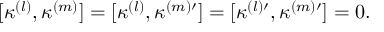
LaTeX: [ \kappa ^ { ( l ) } , \kappa ^ { ( m ) } ] = [ \kappa ^ { ( l ) } , \kappa ^ { ( m ) \prime } ] = [ \kappa ^ { ( l ) \prime } , \kappa ^ { ( m ) \prime } ] = 0 .